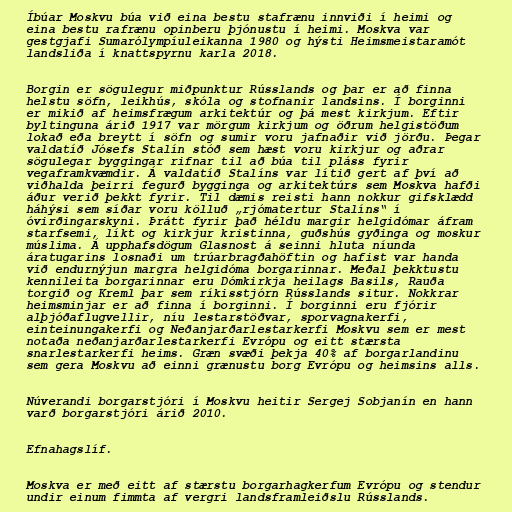
Íbúar Moskvu búa við eina bestu stafrænu innviði í heimi og
eina bestu rafrænu opinberu þjónustu í heimi. Moskva var
gestgjafi Sumarólympíuleikanna 1980 og hýsti Heimsmeistaramót
landsliða í knattspyrnu karla 2018.

Borgin er sögulegur miðpunktur Rússlands og þar er að finna
helstu söfn, leikhús, skóla og stofnanir landsins. Í borginni
er mikið af heimsfrægum arkitektúr og þá mest kirkjum. Eftir
byltinguna árið 1917 var mörgum kirkjum og öðrum helgistöðum
lokað eða breytt í söfn og sumir voru jafnaðir við jörðu. Þegar
valdatíð Jósefs Stalín stóð sem hæst voru kirkjur og aðrar
sögulegar byggingar rifnar til að búa til pláss fyrir
vegaframkvæmdir. Á valdatíð Stalíns var lítið gert af því að
viðhalda þeirri fegurð bygginga og arkitektúrs sem Moskva hafði
áður verið þekkt fyrir. Til dæmis reisti hann nokkur gifsklædd
háhýsi sem síðar voru kölluð „rjómatertur Stalíns“ í
óvirðingarskyni. Þrátt fyrir það héldu margir helgidómar áfram
starfsemi, líkt og kirkjur kristinna, guðshús gyðinga og moskur
múslima. Á upphafsdögum Glasnost á seinni hluta níunda
áratugarins losnaði um trúarbragðahöftin og hafist var handa
við endurnýjun margra helgidóma borgarinnar. Meðal þekktustu
kennileita borgarinnar eru Dómkirkja heilags Basils, Rauða
torgið og Kreml þar sem ríkisstjórn Rússlands situr. Nokkrar
heimsminjar er að finna í borginni. Í borginni eru fjórir
alþjóðaflugvellir, níu lestarstöðvar, sporvagnakerfi,
einteinungakerfi og Neðanjarðarlestarkerfi Moskvu sem er mest
notaða neðanjarðarlestarkerfi Evrópu og eitt stærsta
snarlestarkerfi heims. Græn svæði þekja 40% af borgarlandinu
sem gera Moskvu að einni grænustu borg Evrópu og heimsins alls.

Núverandi borgarstjóri í Moskvu heitir Sergej Sobjanín en hann
varð borgarstjóri árið 2010.

Efnahagslíf.

Moskva er með eitt af stærstu borgarhagkerfum Evrópu og stendur
undir einum fimmta af vergri landsframleiðslu Rússlands.